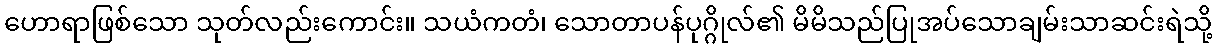
ဟောရာဖြစ်သော သုတ်လည်းကောင်း။ သယံကတံ၊ သောတာပန်ပုဂ္ဂိုလ်၏ မိမိသည်ပြုအပ်သောချမ်းသာဆင်းရဲသို့